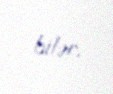
bilər.